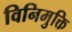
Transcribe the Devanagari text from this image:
विनिमुक्ति